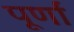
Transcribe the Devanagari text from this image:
पूर्णां